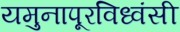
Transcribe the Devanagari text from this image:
यमुनापूरविध्वंसी